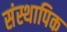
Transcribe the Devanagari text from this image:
संस्थापिक